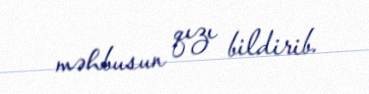
məhbusun qızı bildirib.